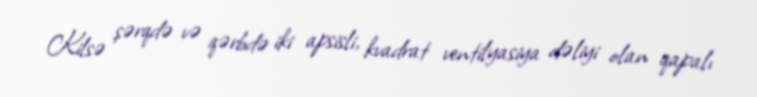
Kilsə şərqdə və qərbdə iki apsisli, kvadrat ventilyasiya dəliyi olan qapalı